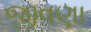
જીવણા